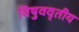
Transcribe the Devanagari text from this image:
विषुववृतीय